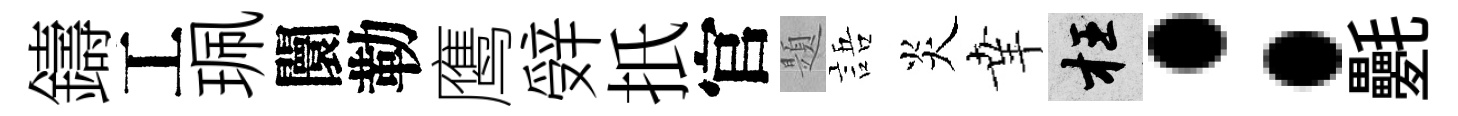
鑄工珮闤勒鹰辤扺官題語炎𦍒枉：氎